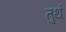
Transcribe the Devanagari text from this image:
तुथं